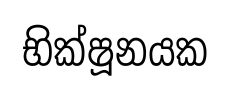
භික්ෂූනයක